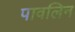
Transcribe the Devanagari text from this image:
पावलिन